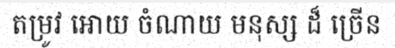
តម្រូវ អោយ ចំណាយ មនុស្ស ដ៏ ច្រើន